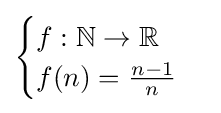
{\begin{cases}f:\mathbb {N} \to \mathbb {R} \\f(n)={\frac {n-1}{n}}\end{cases}}